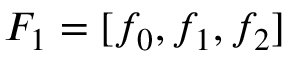
F _ { 1 } = [ f _ { 0 } , f _ { 1 } , f _ { 2 } ]